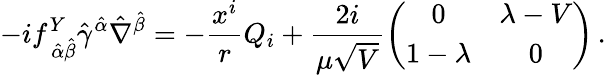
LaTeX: -if_{\, \hat{\alpha}\hat{\beta}}^{Y}\hat{\gamma}^{\hat{\alpha}}\hat{\nabla}^{\hat{\beta}}=-\frac{x^{i}}{r}Q_{i}+\frac{2i}{\mu\sqrt{V}}\left(\begin{array}{cc}{{0}}&{{\lambda-V}}\\ {{1-\lambda}}&{{0}}\end{array}\right)\, .